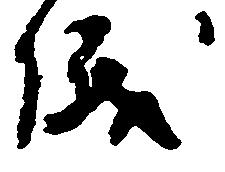
儀